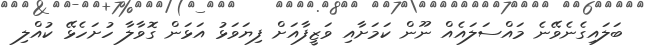
ބަލައިގެނެވޭނެ މައްސަލައެއް ނޫން ކަމަށާއި ވަޒީފާއަށް ފިޔަވަޅު އަޅަން ގޮވާލާ ހުށަހެޅޭ ކުއްލި